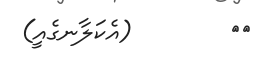
٢٦        (އެކަލާނގެއީ)